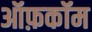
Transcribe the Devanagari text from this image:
ऑफ़कॉम